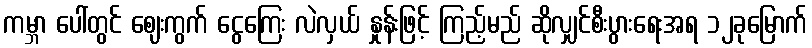
ကမ္ဘာ ပေါ်တွင် ဈေးကွက် ငွေကြေး လဲလှယ် နှုန်းဖြင့် ကြည့်မည် ဆိုလျှင်စီးပွားရေးအရ ၁၂ခုမြောက်